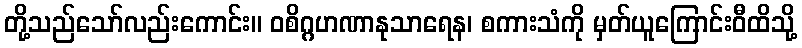
တို့သည်သော်လည်းကောင်း။ ဝစိဂ္ဂဟဏာနုသာရေန၊ စကားသံကို မှတ်ယူကြောင်းဝီထိသို့